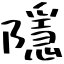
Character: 隱